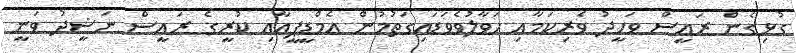
ގުޅިގެން ރައީސް ވަހީދު ވެރިކަމާއި ހަވާލުވެވަޑައިގަތުމުން އެމްޑީޕީއާއި ކުރީގެ ރައީސް ނަޝީދު ވަނީ